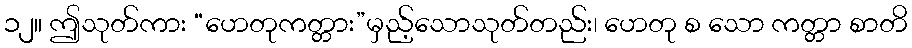
၁၂။ ဤသုတ်ကား “ဟေတုကတ္တား”မှည့်သောသုတ်တည်း၊ ဟေတု စ သော ကတ္တာ စာတိ